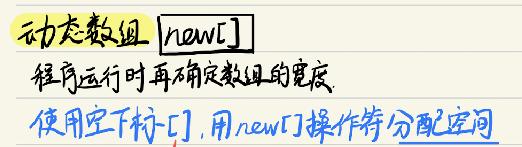
动态数组 `new[]`
程序运行时再确定数组的宽度。
使用空下标 `[]`, 用 `new[]` 操作符分配空间